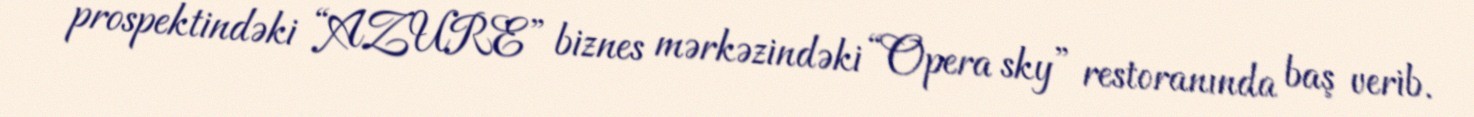
prospektindəki “AZURE” biznes mərkəzindəki “Opera sky” restoranında baş verib.